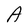
Character: A